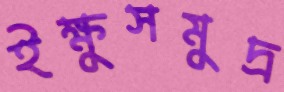
ইক্ষুসমুদ্র